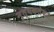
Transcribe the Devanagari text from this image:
नृत्यकलेकडे